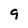
Character: 9